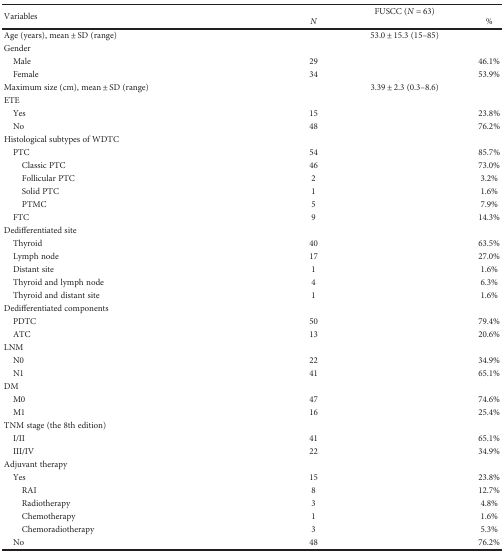
<table><thead><tr><td rowspan="2"><b>Variables</b></td><td colspan="2"><b>FUSCC (<i>N</i> = 63)</b></td></tr><tr><td><b><i>N</i></b></td><td><b>%</b></td></tr></thead><tbody><tr><td>Age (years), mean ± SD (range)</td><td colspan="2">53.0 ± 15.3 (15–85)</td></tr><tr><td>Gender</td><td></td><td></td></tr><tr><td> Male</td><td>29</td><td>46.1%</td></tr><tr><td> Female</td><td>34</td><td>53.9%</td></tr><tr><td>Maximum size (cm), mean ± SD (range)</td><td colspan="2">3.39 ± 2.3 (0.3–8.6)</td></tr><tr><td>ETE</td><td></td><td></td></tr><tr><td> Yes</td><td>15</td><td>23.8%</td></tr><tr><td> No</td><td>48</td><td>76.2%</td></tr><tr><td>Histological subtypes of WDTC</td><td></td><td></td></tr><tr><td> PTC</td><td>54</td><td>85.7%</td></tr><tr><td>Classic PTC</td><td>46</td><td>73.0%</td></tr><tr><td>Follicular PTC</td><td>2</td><td>3.2%</td></tr><tr><td>Solid PTC</td><td>1</td><td>1.6%</td></tr><tr><td>PTMC</td><td>5</td><td>7.9%</td></tr><tr><td> FTC</td><td>9</td><td>14.3%</td></tr><tr><td>Dedifferentiated site</td><td></td><td></td></tr><tr><td> Thyroid</td><td>40</td><td>63.5%</td></tr><tr><td> Lymph node</td><td>17</td><td>27.0%</td></tr><tr><td> Distant site</td><td>1</td><td>1.6%</td></tr><tr><td> Thyroid and lymph node</td><td>4</td><td>6.3%</td></tr><tr><td> Thyroid and distant site</td><td>1</td><td>1.6%</td></tr><tr><td>Dedifferentiated components</td><td></td><td></td></tr><tr><td> PDTC</td><td>50</td><td>79.4%</td></tr><tr><td> ATC</td><td>13</td><td>20.6%</td></tr><tr><td>LNM</td><td></td><td></td></tr><tr><td> N0</td><td>22</td><td>34.9%</td></tr><tr><td> N1</td><td>41</td><td>65.1%</td></tr><tr><td>DM</td><td></td><td></td></tr><tr><td> M0</td><td>47</td><td>74.6%</td></tr><tr><td> M1</td><td>16</td><td>25.4%</td></tr><tr><td>TNM stage (the 8th edition)</td><td></td><td></td></tr><tr><td> I/II</td><td>41</td><td>65.1%</td></tr><tr><td> III/IV</td><td>22</td><td>34.9%</td></tr><tr><td>Adjuvant therapy</td><td></td><td></td></tr><tr><td> Yes</td><td>15</td><td>23.8%</td></tr><tr><td>RAI</td><td>8</td><td>12.7%</td></tr><tr><td>Radiotherapy</td><td>3</td><td>4.8%</td></tr><tr><td>Chemotherapy</td><td>1</td><td>1.6%</td></tr><tr><td>Chemoradiotherapy</td><td>3</td><td>5.3%</td></tr><tr><td> No</td><td>48</td><td>76.2%</td></tr></tbody></table>